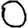
Digit: 0